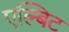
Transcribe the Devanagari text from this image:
एल्बिट